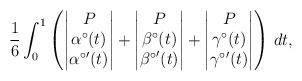
LaTeX: \begin{align*} \frac{1}{6} \int_0^1 \left(\begin{vmatrix} P \\ \alpha^\circ(t) \\ {\alpha^\circ}'(t)\end{vmatrix}+\begin{vmatrix} P \\ \beta^\circ(t) \\ {\beta^\circ}'(t)\end{vmatrix}+\begin{vmatrix} P \\ \gamma^\circ(t) \\ {\gamma^\circ}'(t)\end{vmatrix}\right)\,dt,\end{align*}